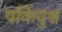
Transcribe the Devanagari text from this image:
पर्कियुश्न